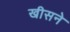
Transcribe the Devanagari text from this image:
खीसने